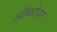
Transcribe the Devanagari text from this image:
ऑब्स्टेयर